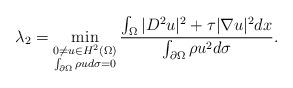
LaTeX: \begin{align*}\lambda_{2}=\min_{\substack{0\ne u\in H^2(\Omega)\\ \int_{\partial\Omega}\rho u d\sigma=0}}\frac{\int_{\Omega}|D^2u|^2+\tau |\nabla u|^2 dx}{\int_{\partial\Omega}\rho u^2 d\sigma}.\end{align*}